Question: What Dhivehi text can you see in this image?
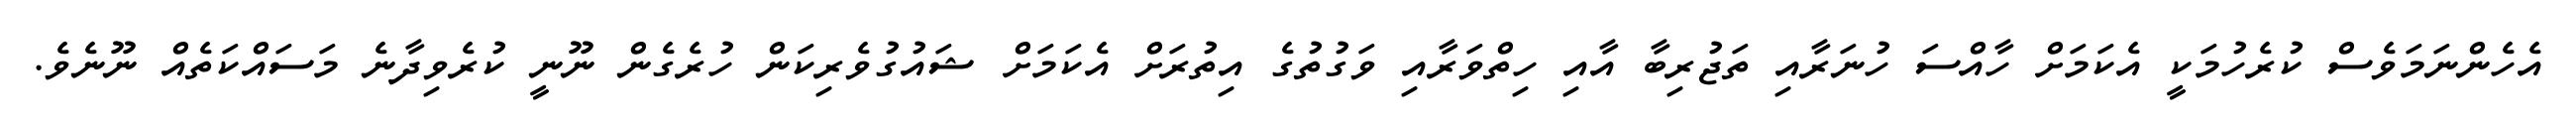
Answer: އެހެންނަމަވެސް ކުރެހުމަކީ އެކަމަށް ހާއްސަ ހުނަރާއި ތަޖުރިބާ އާއި ހިތްވަރާއި ވަގުތުގެ އިތުރަށް އެކަމަށް ޝައުގުވެރިކަން ހުރެގެން ނޫނީ ކުރެވިދާނެ މަސައްކަތެއް ނޫނެވެ.